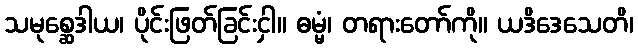
သမုစ္ဆေဒါယ၊ ပိုင်းဖြတ်ခြင်းငှါ။ ဓမ္မံ၊ တရားတော်ကို။ ယဒိဒေသေတိ၊